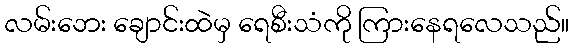
လမ်းဘေး ချောင်းထဲမှ ရေစီးသံကို ကြားနေရလေသည်။